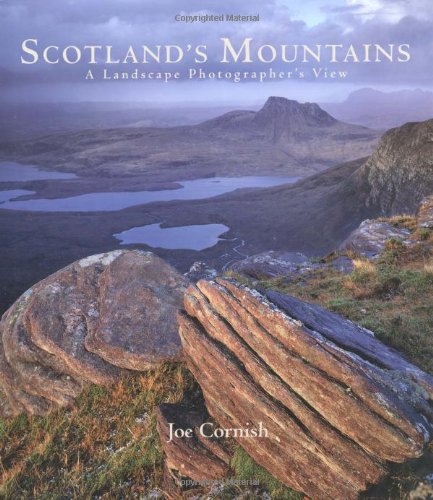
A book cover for Scotland's Mountains: A Landscape Photographer's View; Joe Cornish; Science & Math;